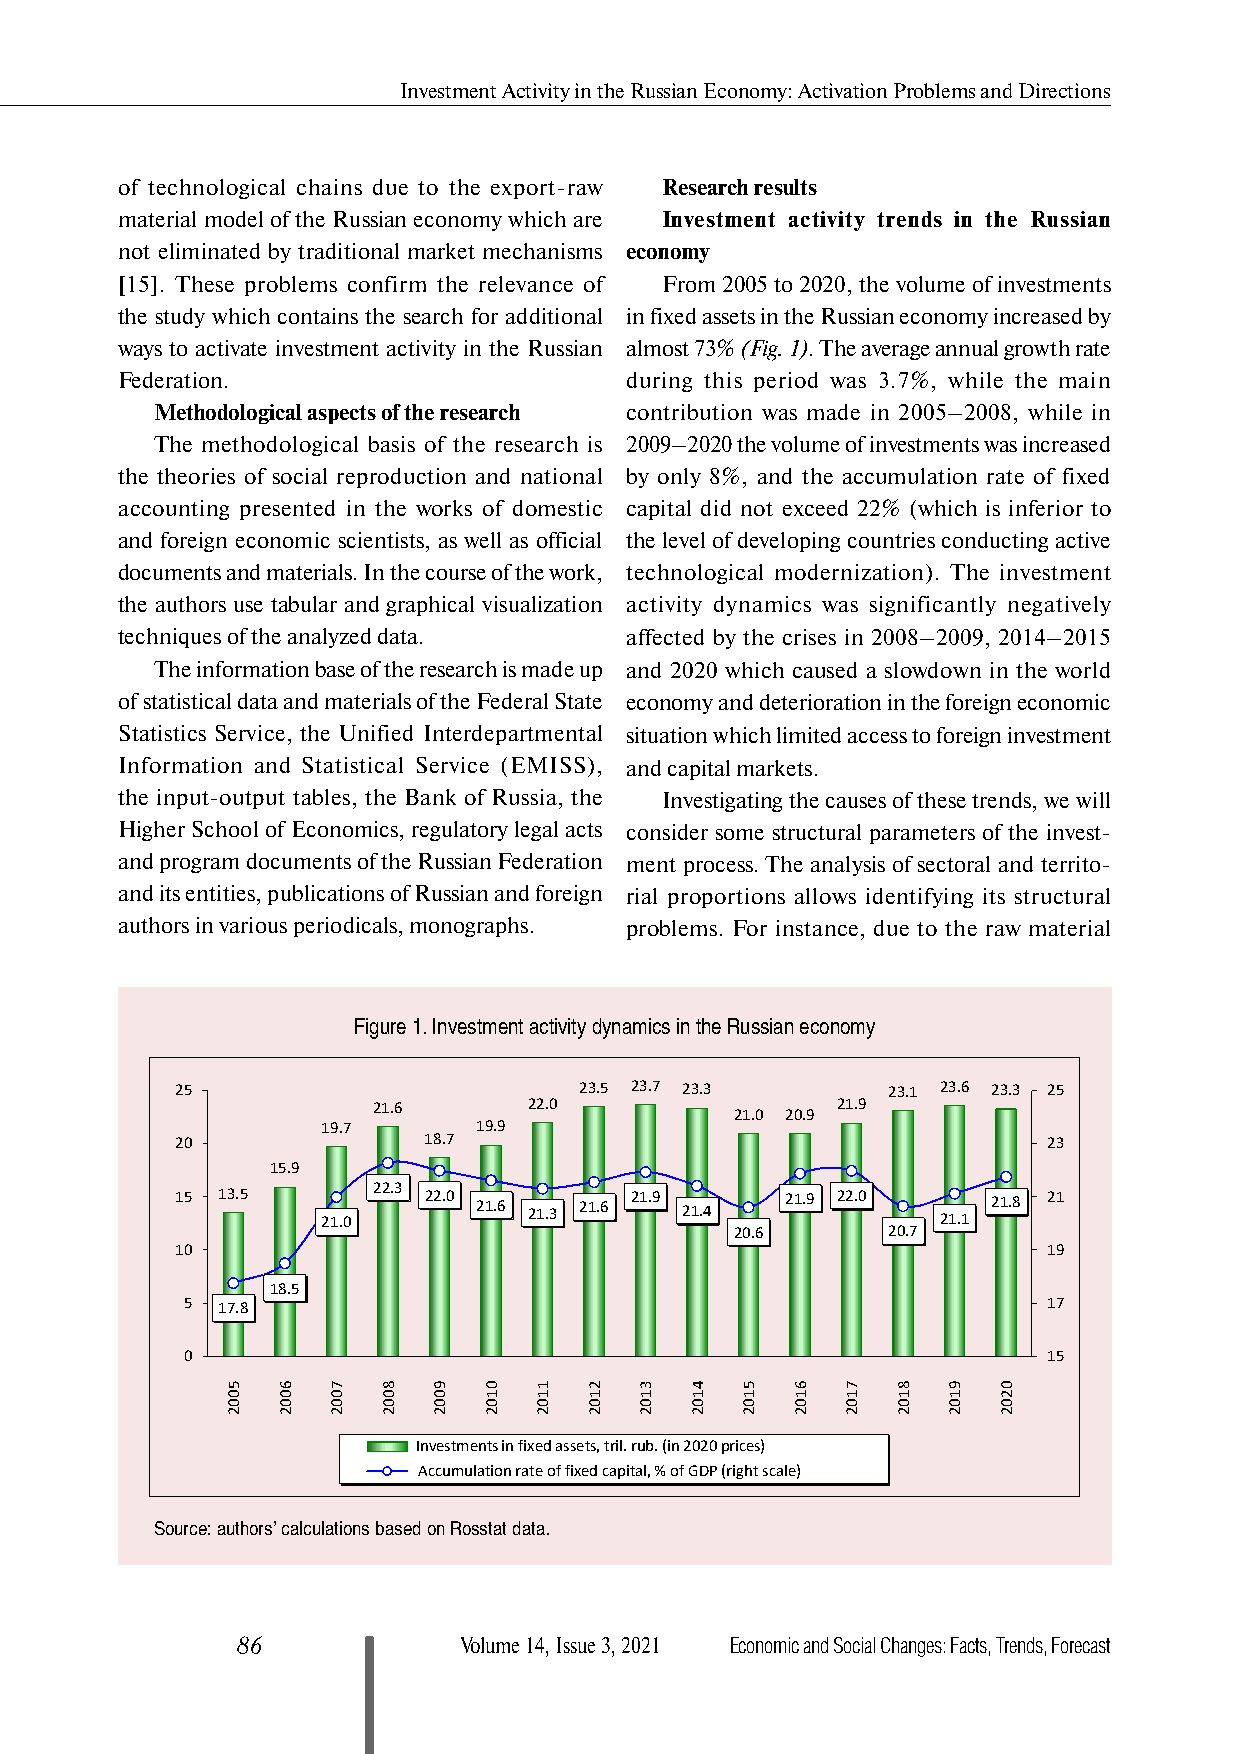
Investment Activity in the Russian Economy: Activation Problems and Directions
 of technological chains due to the export-raw Research results
 material model of the Russian economy which are Investment activity trends in the Russian
 not eliminated by traditional market mechanisms economy
 [15]. These problems confirm the relevance of From 2005 to 2020, the volume of investments
 the study which contains the search for additional in fixed assets in the Russian economy increased by
 ways to activate investment activity in the Russian almost 73% (Fig. 1). The average annual growth rate
 Federation.                      during this period was 3.7%, while the main
 Methodological aspects of the research contribution was made in 2005–2008, while in
 The methodological basis of the research is 2009–2020 the volume of investments was increased
 the theories of social reproduction and national by only 8%, and the accumulation rate of fixed
 accounting presented in the works of domestic capital did not exceed 22% (which is inferior to
 and foreign economic scientists, as well as official the level of developing countries conducting active
 documents and materials. In the course of the work, technological modernization). The investment
 the authors use tabular and graphical visualization activity dynamics was significantly negatively
 techniques of the analyzed data. affected by the crises in 2008–2009, 2014–2015
 The information base of the research is made up and 2020 which caused a slowdown in the world
 of statistical data and materials of the Federal State economy and deterioration in the foreign economic
 Statistics Service, the Unified Interdepartmental situation which limited access to foreign investment
 Information and Statistical Service (EMISS), and capital markets.
 the input-output tables, the Bank of Russia, the Investigating the causes of these trends, we will
 Higher School of Economics, regulatory legal acts consider some structural parameters of the invest-
 and program documents of the Russian Federation ment process. The analysis of sectoral and territo-
 and its entities, publications of Russian and foreign rial proportions allows identifying its structural
 authors in various periodicals, monographs. problems. For instance, due to the raw material
 Figure 1. Investment activity dynamics in the Russian economy
 25                        23.5 23.7 23.3       23.1 23.6 23.3 25
 21.6      22.0                21.9
 21.0 20.9
 19.7      19.9
 20              18.7                                     23
 15.9
 15 13.5  21.0 22.3 22.0 21.6 21.3 21.6 21.9 21.4 21.9 22.0 21.1 21.8 21
 20.6      20.7
 10                                                       19
 18.5
 5 17.8                                                   17
 0                                                        15
 Investments in fixed assets ,tril .rub .(in 2020 prices)
 Accumulation rate of fixed capital ,% of GDP (right scale)
 Source: authors’ calculations based on Rosstat data.
 86            Volume 14, Issue 3, 2021 Economic and Social Changes: Facts, Trends, Forecast
 5002 6002 7002 8002 9002 0102 1102 2102 3102 4102 5102 6102 7102 8102 9102 0202